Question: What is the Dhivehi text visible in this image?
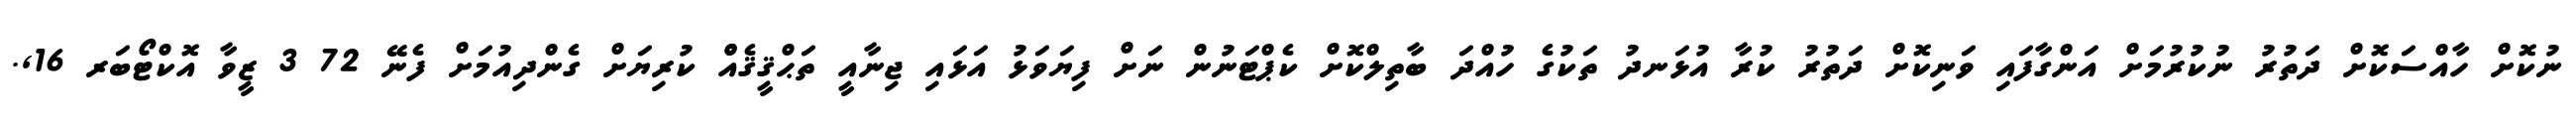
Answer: ނުކޮށް ހާއްސަކޮށް ދަތުރު ނުކުރުމަށް އަންގާފައި ވަނިކޮށް ދަތުރު ކުރާ އުޅަނދު ތަކުގެ ހުއްދަ ބާތިލްކޮށް ކެޕްޓަނުން ނަށް ފިޔަވަޅު އަޅައި ޖިނާއީ ތަޙްޤީޤެއްް ކުރިޔަށް ގެންދިއުމަށް ފެނޭ 72 3 ޒީވާ އޮކްޓޯބަރ 16,.